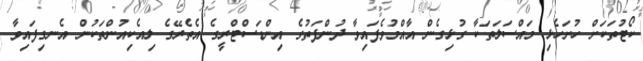
ކޯޓުތަކަށް ހުށަހެޅި މައްސަލަތަކާ ގުޅިގެން އާއްމުވެފައިވާ ދުންފަތުގެ އިންޑަސްޓްރީގެ އެތެރޭގެ ލިއެކިއުންތަކުން އެނގިފައިވާ